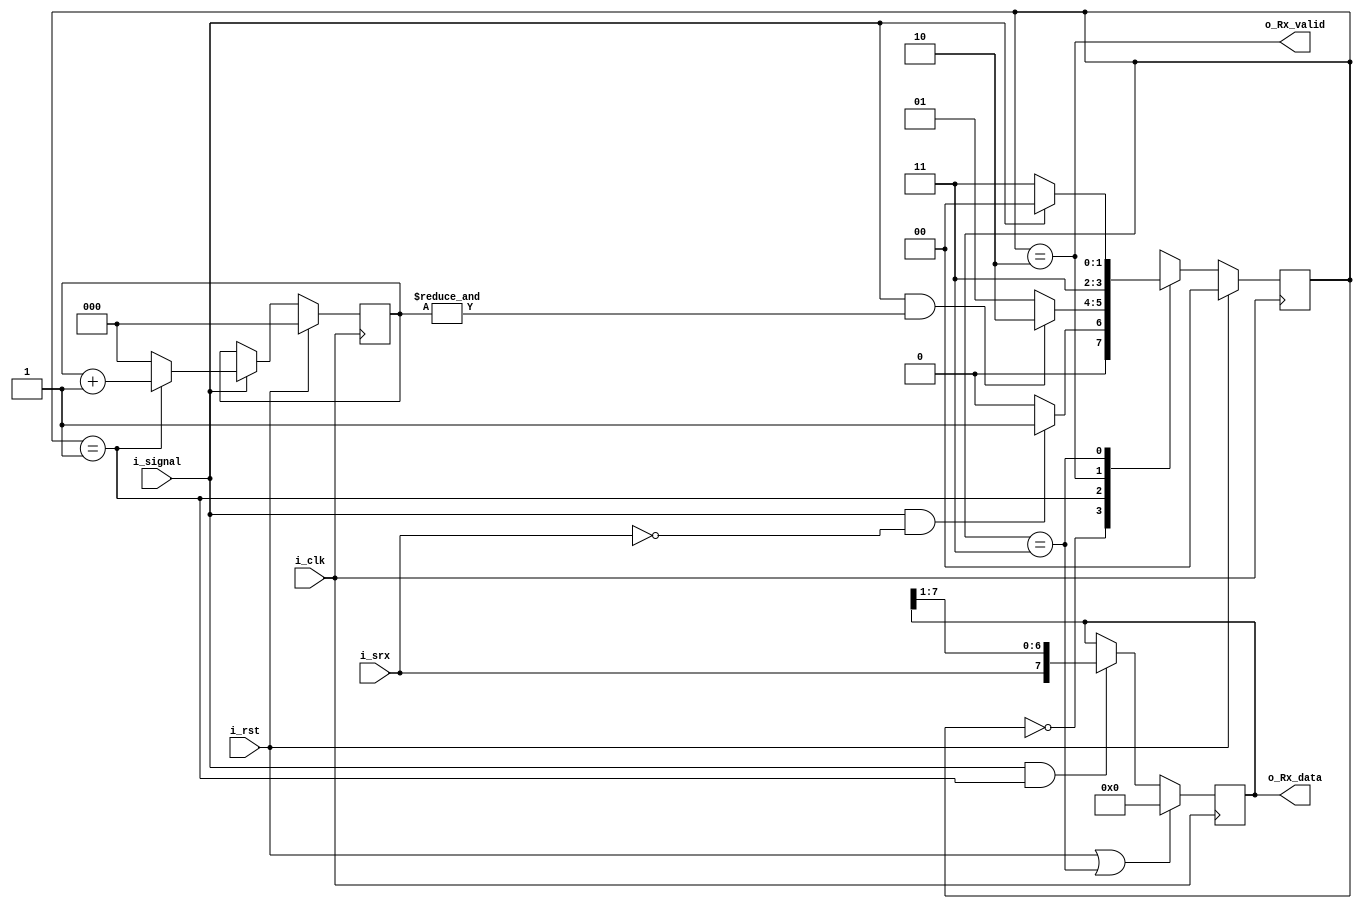
module Uart_Rx (
    input               i_clk,
    input               i_rst,
    input               i_srx,
    input               i_signal,
    
    output              o_Rx_valid,
    output reg [7:0]    o_Rx_data
);

localparam S0_Start = 0;
localparam S1_Data  = 1;
localparam S2_Send  = 2;
localparam S3_Wait  = 3;

reg [1:0] State, Next_State;
reg [2:0] Data_Count;

assign o_Rx_valid = (State == S2_Send);
//============================================================== State
always@(posedge i_clk) State <= i_rst? S0_Start: Next_State;

always@(*)begin
    case(State)
        S0_Start:   Next_State = (i_signal & !i_srx)? S1_Data: S0_Start;
        S1_Data:    Next_State = (i_signal & (&Data_Count))? S2_Send: S1_Data;
        S2_Send:    Next_State = S3_Wait;
        S3_Wait:    Next_State = (i_signal)? S0_Start: S3_Wait;
        default:    Next_State = S0_Start;
    endcase
end
//============================================================== Data_Count
always @(posedge i_clk) begin
    if(i_rst) Data_Count <= 0;
    else begin
        if(i_signal)begin
            if(State == S1_Data)
                Data_Count <= Data_Count + 1;
            else
                Data_Count <= 0;
        end
    end
end
//============================================================== o_Rx_data
always @(posedge i_clk) begin
    if(i_rst | State == S3_Wait) o_Rx_data <= 0;
    else begin
        if(i_signal & State == S1_Data)
            o_Rx_data <= {i_srx, o_Rx_data[7:1]};
    end
end

endmodule